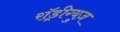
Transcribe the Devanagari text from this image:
राॅड्रीग्युज़